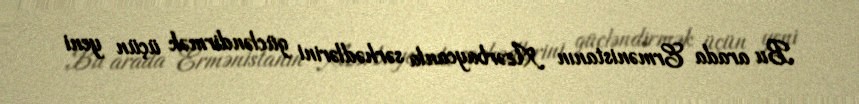
Bu arada Ermənistanın Azərbaycanla sərhədlərini gücləndirmək üçün yeni